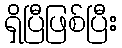
ရှိပြီဖြစ်ပြီး